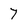
Character: 7